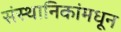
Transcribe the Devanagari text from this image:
संस्थानिकांमधून